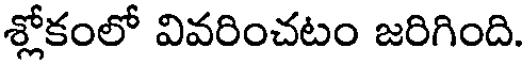
శ్లోకంలో వివరించటం జరిగింది.